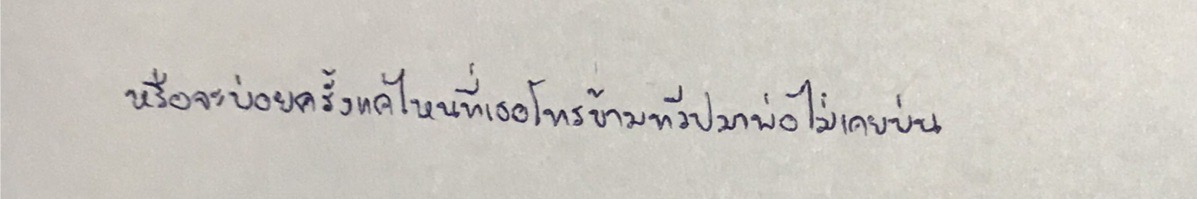
หรือจะบ่อยครั้งแค่ไหนที่เธอโทรข้ามทวีปมาพ่อไม่เคยบ่น